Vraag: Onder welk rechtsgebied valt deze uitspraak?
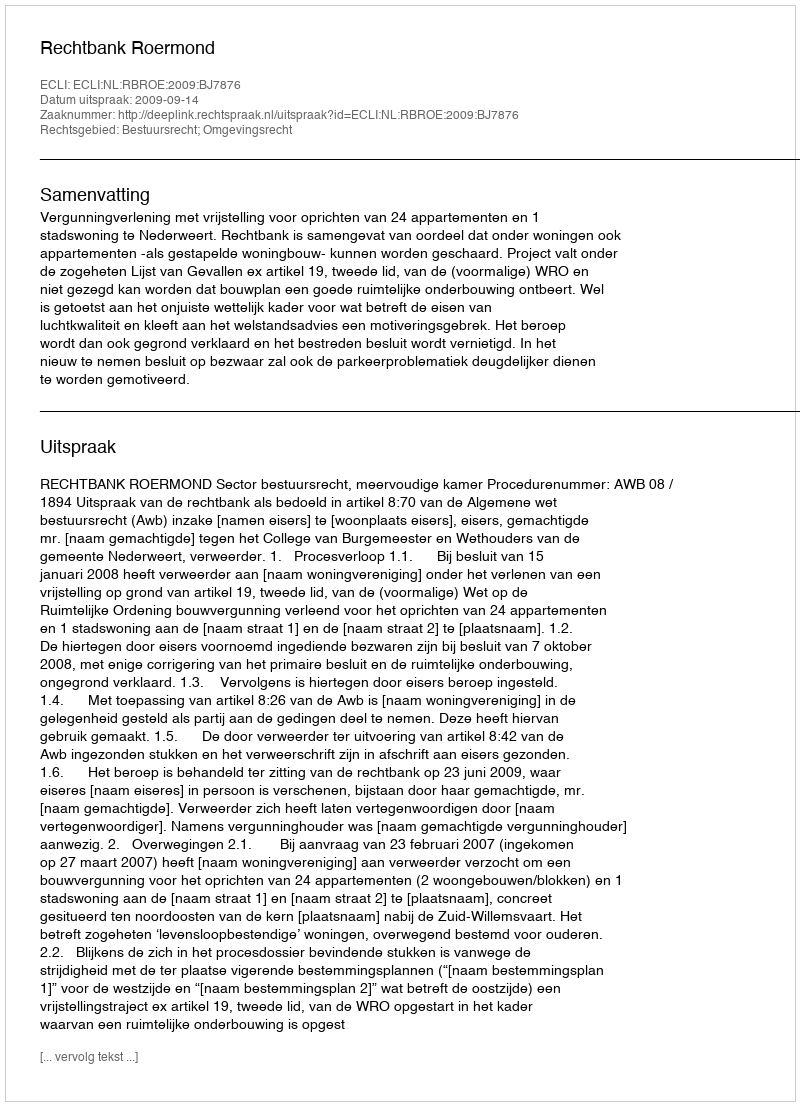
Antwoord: Bestuursrecht; Omgevingsrecht